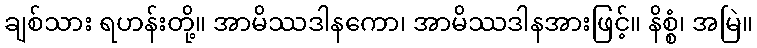
ချစ်သား ရဟန်းတို့။ အာမိဿဒါနကော၊ အာမိဿဒါနအားဖြင့်။ နိစ္စံ၊ အမြဲ။